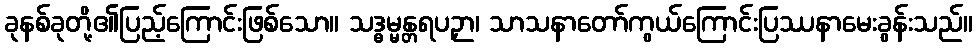
ခုနစ်ခုတို့၏ပြည့်ကြောင်းဖြစ်သော။ သဒ္ဓမ္မန္တရပဉှာ၊ သာသနာတော်ကွယ်ကြောင်းပြဿနာမေးခွန်းသည်။